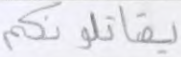
يقاتلونكم